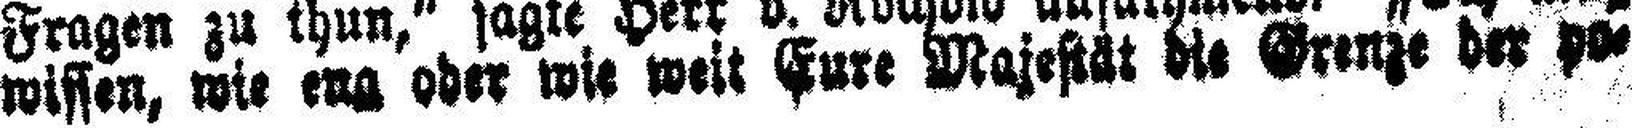
wissen, wie eng oder wie weit Eure Majestät die Grenze der po¬